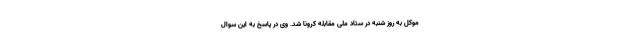
موکل به روز شنبه در ستاد ملی مقابله کرونا شد. وی در پاسخ به این سوال